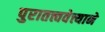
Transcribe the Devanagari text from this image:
पुरातत्त्ववेत्त्याने